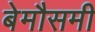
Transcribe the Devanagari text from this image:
बेमौसमी